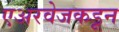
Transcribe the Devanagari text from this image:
एअरवेजकडून